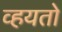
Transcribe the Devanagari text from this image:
व्हयतो